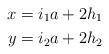
LaTeX: \begin{align*}x & = i_1 a + 2 h_1 \\y & = i_2 a + 2 h_2 \end{align*}